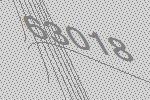
63018